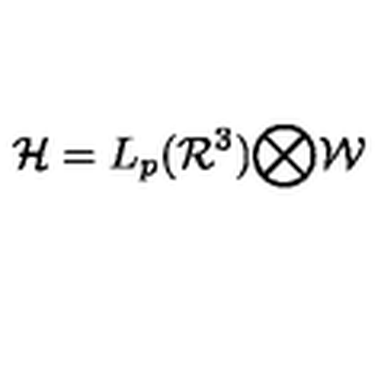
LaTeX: { \mathcal { H } } = L _ { p } ( { \mathcal { R } } ^ { 3 } ) { \bigotimes } { \mathcal { W } }